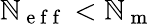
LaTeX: \mathbb{N}_{\mathrm{{~e~f~f~}}}<\mathbb{N}_{\mathrm{{~m~}}}